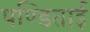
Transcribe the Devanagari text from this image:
पण्डिताई